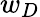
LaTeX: w_{D}